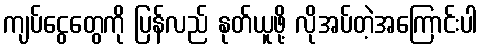
ကျပ်ငွေတွေကို ပြန်လည် နုတ်ယူဖို့ လိုအပ်တဲ့အကြောင်းပါ